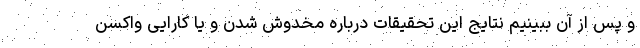
و پس از آن ببینیم نتایج این تحقیقات درباره مخدوش شدن و یا کارایی واکسن